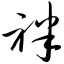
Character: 袢